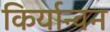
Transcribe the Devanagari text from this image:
किर्यान्वन